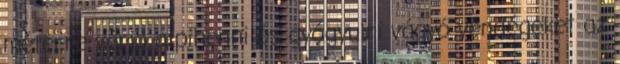
méterre várja a pihenni és gyógyulni vágyó vendégeket az